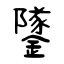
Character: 鐆